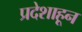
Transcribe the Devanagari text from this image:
प्रदेशाहून